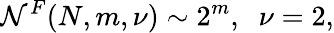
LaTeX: {\cal N}^{F}(N,m,\nu)\sim 2^{m},\; \; \nu=2,